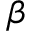
_ \beta